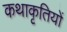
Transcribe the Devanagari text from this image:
कथाकृतियों